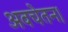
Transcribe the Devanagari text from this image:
अवचेतन।